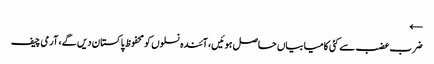
←
ضرب عضب سے کئی کامیابیاں حاصل ہوئیں، آئندہ نسلوں کو محفوظ پاکستان دیں گے، آرمی چیف